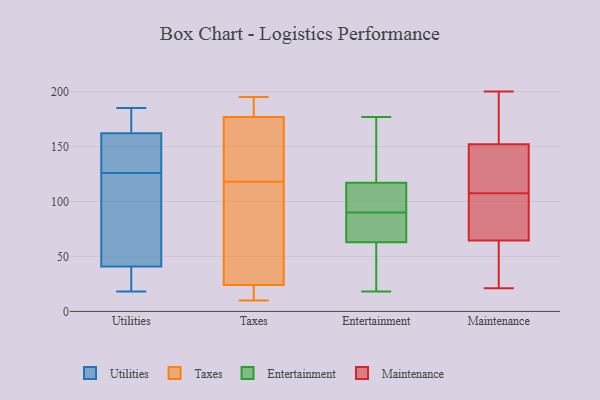
{"axis": {"x": "Temperature (°C)", "y": "Value"}, "legend": ["Entertainment", "Maintenance", "Taxes", "Utilities"], "data": [{"x": "", "y": 185, "type": "Utilities"}, {"x": "", "y": 178, "type": "Utilities"}, {"x": "", "y": 18, "type": "Utilities"}, {"x": "", "y": 41, "type": "Utilities"}, {"x": "", "y": 24, "type": "Utilities"}, {"x": "", "y": 18, "type": "Utilities"}, {"x": "", "y": 40, "type": "Utilities"}, {"x": "", "y": 94, "type": "Utilities"}, {"x": "", "y": 130, "type": "Utilities"}, {"x": "", "y": 185, "type": "Utilities"}, {"x": "", "y": 126, "type": "Utilities"}, {"x": "", "y": 162, "type": "Utilities"}, {"x": "", "y": 65, "type": "Utilities"}, {"x": "", "y": 139, "type": "Utilities"}, {"x": "", "y": 162, "type": "Utilities"}, {"x": "", "y": 144, "type": "Utilities"}, {"x": "", "y": 58, "type": "Utilities"}, {"x": "", "y": 23, "type": "Taxes"}, {"x": "", "y": 176, "type": "Taxes"}, {"x": "", "y": 24, "type": "Taxes"}, {"x": "", "y": 183, "type": "Taxes"}, {"x": "", "y": 98, "type": "Taxes"}, {"x": "", "y": 10, "type": "Taxes"}, {"x": "", "y": 107, "type": "Taxes"}, {"x": "", "y": 95, "type": "Taxes"}, {"x": "", "y": 72, "type": "Taxes"}, {"x": "", "y": 129, "type": "Taxes"}, {"x": "", "y": 195, "type": "Taxes"}, {"x": "", "y": 194, "type": "Taxes"}, {"x": "", "y": 18, "type": "Taxes"}, {"x": "", "y": 154, "type": "Taxes"}, {"x": "", "y": 12, "type": "Taxes"}, {"x": "", "y": 177, "type": "Taxes"}, {"x": "", "y": 183, "type": "Taxes"}, {"x": "", "y": 176, "type": "Taxes"}, {"x": "", "y": 29, "type": "Entertainment"}, {"x": "", "y": 63, "type": "Entertainment"}, {"x": "", "y": 92, "type": "Entertainment"}, {"x": "", "y": 108, "type": "Entertainment"}, {"x": "", "y": 91, "type": "Entertainment"}, {"x": "", "y": 177, "type": "Entertainment"}, {"x": "", "y": 87, "type": "Entertainment"}, {"x": "", "y": 90, "type": "Entertainment"}, {"x": "", "y": 177, "type": "Entertainment"}, {"x": "", "y": 120, "type": "Entertainment"}, {"x": "", "y": 80, "type": "Entertainment"}, {"x": "", "y": 63, "type": "Entertainment"}, {"x": "", "y": 41, "type": "Entertainment"}, {"x": "", "y": 169, "type": "Entertainment"}, {"x": "", "y": 18, "type": "Entertainment"}, {"x": "", "y": 200, "type": "Maintenance"}, {"x": "", "y": 158, "type": "Maintenance"}, {"x": "", "y": 146, "type": "Maintenance"}, {"x": "", "y": 80, "type": "Maintenance"}, {"x": "", "y": 24, "type": "Maintenance"}, {"x": "", "y": 179, "type": "Maintenance"}, {"x": "", "y": 58, "type": "Maintenance"}, {"x": "", "y": 184, "type": "Maintenance"}, {"x": "", "y": 99, "type": "Maintenance"}, {"x": "", "y": 21, "type": "Maintenance"}, {"x": "", "y": 120, "type": "Maintenance"}, {"x": "", "y": 64, "type": "Maintenance"}, {"x": "", "y": 121, "type": "Maintenance"}, {"x": "", "y": 92, "type": "Maintenance"}, {"x": "", "y": 116, "type": "Maintenance"}, {"x": "", "y": 65, "type": "Maintenance"}]}